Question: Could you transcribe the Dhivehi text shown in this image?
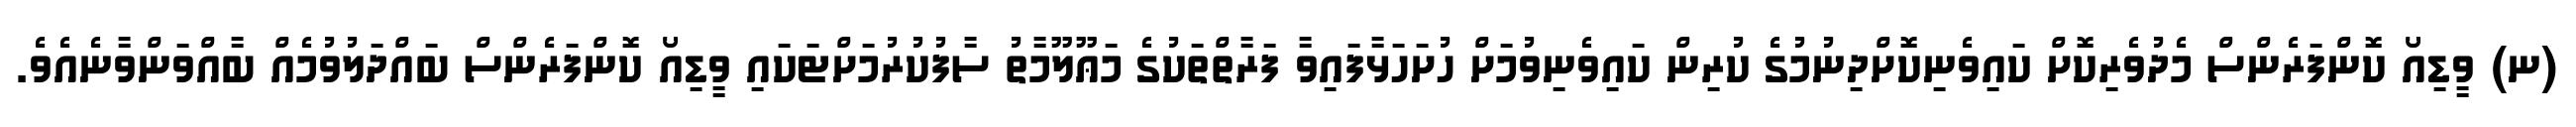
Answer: (ނ) ވީޑިއޯ ކޮންފަރެންސް މެދުވެރިކޮށް ކައިވެނިކޮށްދިނުމުގެ ކުރިން ކައިވެނިވުމަށް ހުށަހަޅާފައިވާ ފަރާތްތަކުގެ މަޢޫލޫމާތު ސާފުކުރުމަށްޓަކައި ވީޑިއޯ ކޮންފަރެންސް ބައްދަލުވުމެއް ބާއްވަންވާނެއެވެ.